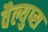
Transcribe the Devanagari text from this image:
वैल्युप्स